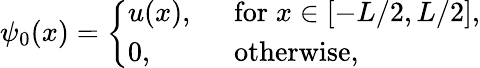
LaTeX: \psi_{0}(x)=\left\{ \begin{array}{ll}{u(x),\; \; }&{\textrm{for}\; x\in[-L/2,L/2],}\\ {0,\; \; }&{\textrm{otherwise},}\end{array}\right.